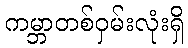
ကမ္ဘာတစ်ဝှမ်းလုံးရှိ